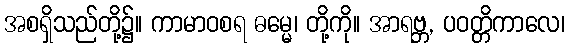
အစရှိသည်တို့၌။ ကာမာဝစရ ဓမ္မေ၊ တို့ကို။ အာရဗ္ဘ, ပဝတ္တိကာလေ၊